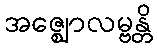
အဇ္ဈောလမ္ဗန္တိ